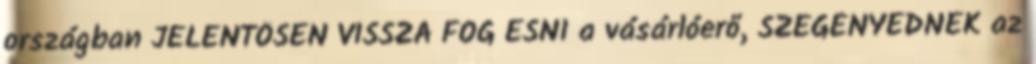
országban JELENTŐSEN VISSZA FOG ESNI a vásárlóerő, SZEGÉNYEDNEK az